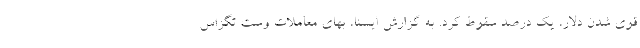
قوی شدن دلار، یک درصد سقوط کرد. به گزارش ایسنا، بهای معاملات وست تگزاس